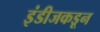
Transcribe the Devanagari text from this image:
इंडीजकडून